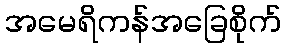
အမေရိကန်အခြေစိုက်